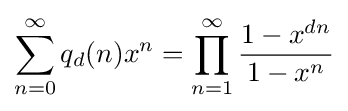
\sum _{n=0}^{\infty }q_{d}(n)x^{n}=\prod _{n=1}^{\infty }{\frac {1-x^{dn}}{1-x^{n}}}